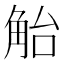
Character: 𲁛